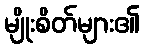
မျိုးစိတ်များ၏